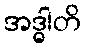
အဒ္ဓါတိ